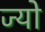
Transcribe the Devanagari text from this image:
ज्‍यो